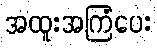
အထူးအကြံပေး